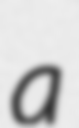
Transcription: a